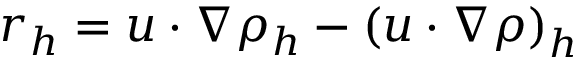
r _ { h } = u \cdot \nabla \rho _ { h } - \left( u \cdot \nabla \rho \right) _ { h }